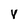
Character: V